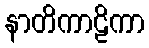
နာတိကာဠိကာ